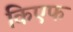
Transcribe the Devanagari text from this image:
किएफ